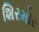
શિરમોર